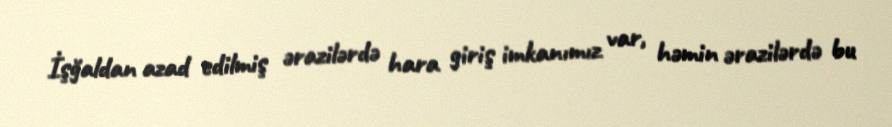
İşğaldan azad edilmiş ərazilərdə hara giriş imkanımız var, həmin ərazilərdə bu